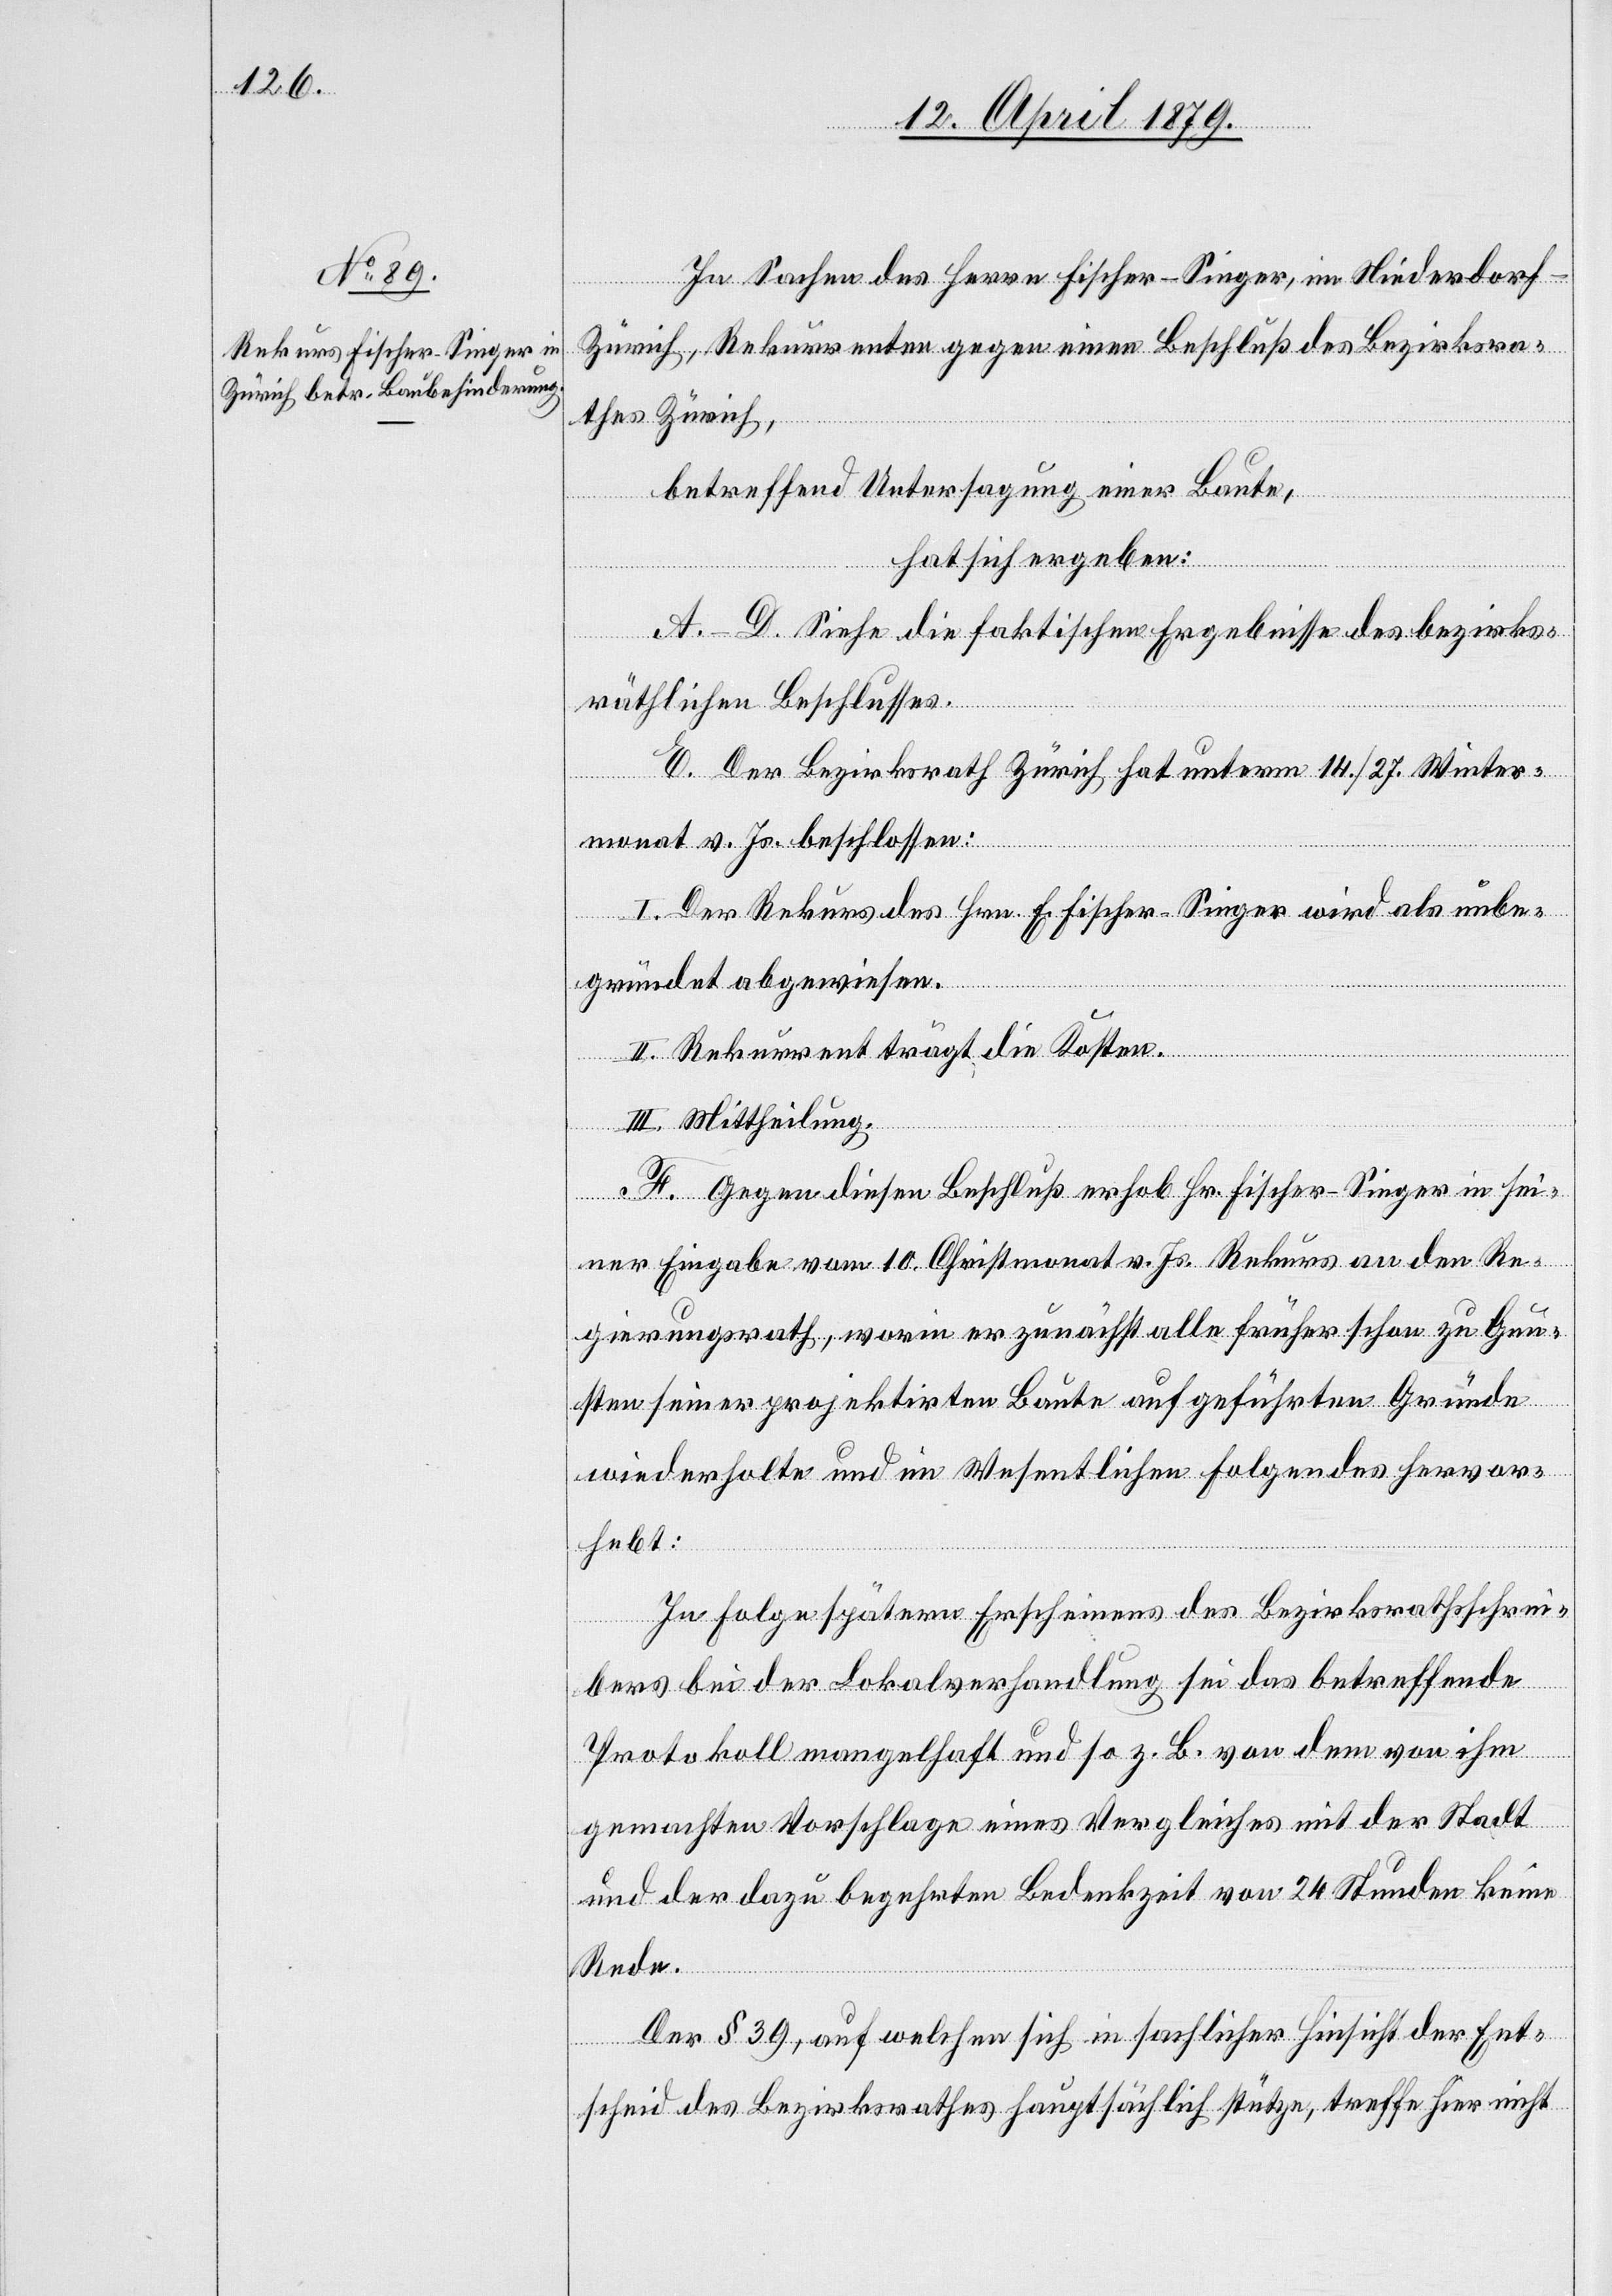
In Sachen des Herrn Fischer-Singer, im Niederdorf
Zürich, Rekurrenten gegen einen Beschluß des Bezirksra¬
thes Zürich,
betreffend Untersagung einer Baute,
hat sich ergeben:
A.–D. Siehe die faktischen Ergebnisse des bezirks¬
räthlichen Beschlusses.
E. Der Bezirksrath Zürich hat unterm 14./27. Winter¬
monat v. Js. beschlossen:
I. Der Rekurs des Hrn. E. Fischer-Singer wird als unbe¬
gründet abgewiesen.
II. Rekurrent trägt die Kosten.
III. Mittheilung.
F. Gegen diesen Beschluß erhob Hr. Fischer-Singer in sei¬
ner Eingabe vom 10. Christmonat v. Js. Rekurs an den Re¬
gierungsrath, worin er zunächst alle früher schon zu Gun¬
sten seiner projektirten Baute aufgeführten Gründe
wiederholte und im Wesentlichen Folgendes hervor¬
hebt:
In Folge spätern Erscheinens des Bezirksrathsschrei¬
bers bei der Lokalverhandlung sei das betreffende
Protokoll mangelhaft und so z. B. von dem von ihm
gemachten Vorschlage eines Vergleiches mit der Stadt
und der dazu begehrten Bedenkzeit von 24 Stunden keine
Rede.
Der § 39, auf welchen sich in sachlicher Hinsicht der Ent¬
scheid des Bezirksrathes hauptsächlich stütze, treffe hier nicht